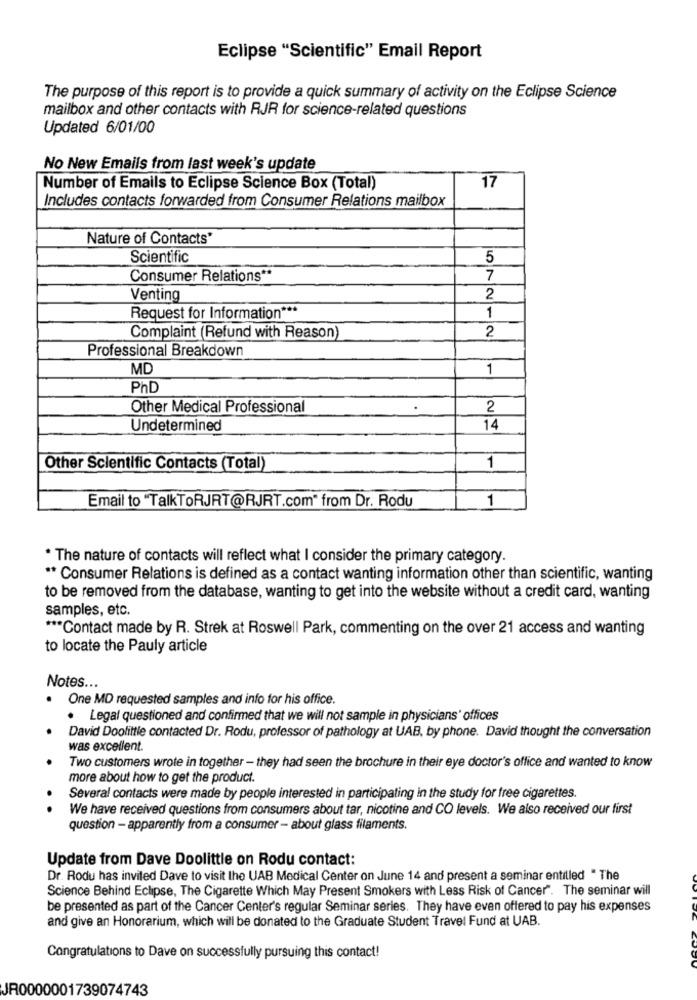
Eclipse "Scientific" Email Report
The purpose of this report is to provide a quick summary of activity on the Eclipse Science
mailbox and other contacts with RJR for science-related questions
Updated 6/01/00
No New Emails from last week's update
Number of Emails to Eclipse Science Box (Total)
17
Includes contacts forwarded from Consumer Relations mailbox
Nature of Contacts'
Scientific
5
Consumer Relations **
7
Venting
2
Request for Information ***
1
2
Complaint (Refund with Reason)
Professional Breakdown
MD
1
PhD
Other Medical Professional
2
Undetermined
14
Other Scientific Contacts (Total)
1
Email to "TalkToRJRT@RJRT.com" from Dr. Rodu
1
* The nature of contacts will reflect what I consider the primary category.
** Consumer Relations is defined as a contact wanting information other than scientific, wanting
to be removed from the database, wanting to get into the website without a credit card, wanting
samples, etc.
*** Contact made by R. Strek at Roswell Park, commenting on the over 21 access and wanting
to locate the Pauly article
Notes ...
One MD requested samples and info for his office.
. Legal questioned and confirmed that we will not sample in physicians' offices
David Doolittle contacted Dr. Rodu, professor of pathology at UAB, by phone. David thought the conversation
was excellent.
Two customers wrote in together - they had seen the brochure in their eye doctor's office and wanted to know
more about how to get the product.
Several contacts were made by people interested in participating in the study for free cigarettes.
We have received questions from consumers about tar, nicotine and CO levels. We also received our first
question - apparently from a consumer - about glass filaments.
Update from Dave Doolittle on Rodu contact:
Dr. Rodu has invited Dave to visit the UAB Medical Center on June 14 and present a seminar entitled " The
Science Behind Eclipse, The Cigarette Which May Present Smokers with Less Risk of Cancer". The seminar will
be presented as part of the Cancer Center's regular Seminar series. They have even offered to pay his expenses
and give an Honorarium, which will be donated to the Graduate Student Travel Fund at UAB.
Congratulations to Dave on successfully pursuing this contact!
JR0000001739074743